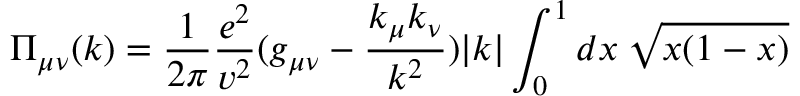
\Pi _ { \mu \nu } ( k ) = \frac { 1 } { 2 \pi } \frac { e ^ { 2 } } { v ^ { 2 } } ( g _ { \mu \nu } - \frac { k _ { \mu } k _ { \nu } } { k ^ { 2 } } ) | k | \int _ { 0 } ^ { 1 } d x \: \sqrt { x ( 1 - x ) }